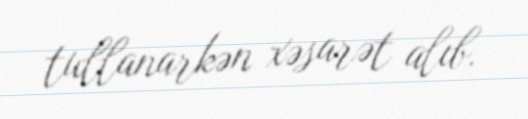
tullanarkən xəsarət alıb.